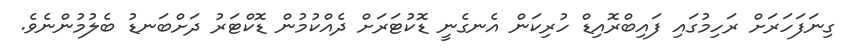
ގިނަފަހަރަށް ރަހިމުގައި ފައިބްރޮއިޑް ހުރިކަން އެނގެނީ ޑޮކުޓަރަށް ދެއްކުމުން ޑޮކްޓަރު ދަށްބަނޑު ބެލުމުންނެވެ.